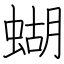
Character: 蝴